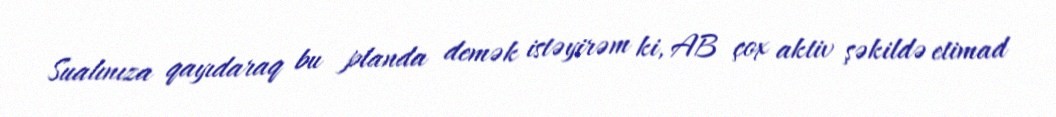
Sualınıza qayıdaraq bu planda demək istəyirəm ki, AB çox aktiv şəkildə etimad